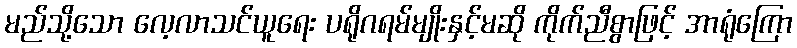
မည်သို့သော လေ့လာသင်ယူရေး ပရိုဂရမ်မျိုးနှင့်မဆို ကိုက်ညီစွာဖြင့် အာရုံကြော